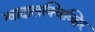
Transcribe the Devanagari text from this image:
ग्वादालक्विव्हिर